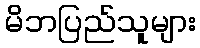
မိဘပြည်သူများ